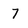
Character: 7